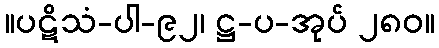
။ပဋိသံ-ပါ-၉၂၊ ဋ္ဌ-ပ-အုပ် ၂၈၀။